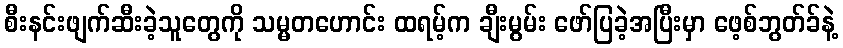
စီးနင်းဖျက်ဆီးခဲ့သူတွေကို သမ္မတဟောင်း ထရမ့်က ချီးမွမ်း ဖော်ပြခဲ့အပြီးမှာ ဖေ့စ်ဘွတ်ခ်နဲ့